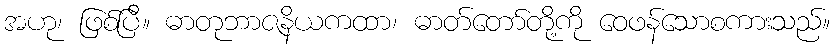
အဟု၊ ဖြစ်ပြီ။ ဓာတုဘာဇနိယကထာ၊ ဓာတ်တော်တို့ကို ဝေဖန်သောစကားသည်။